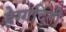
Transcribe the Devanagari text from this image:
हेग्गदिती